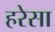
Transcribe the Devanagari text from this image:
हरेसा